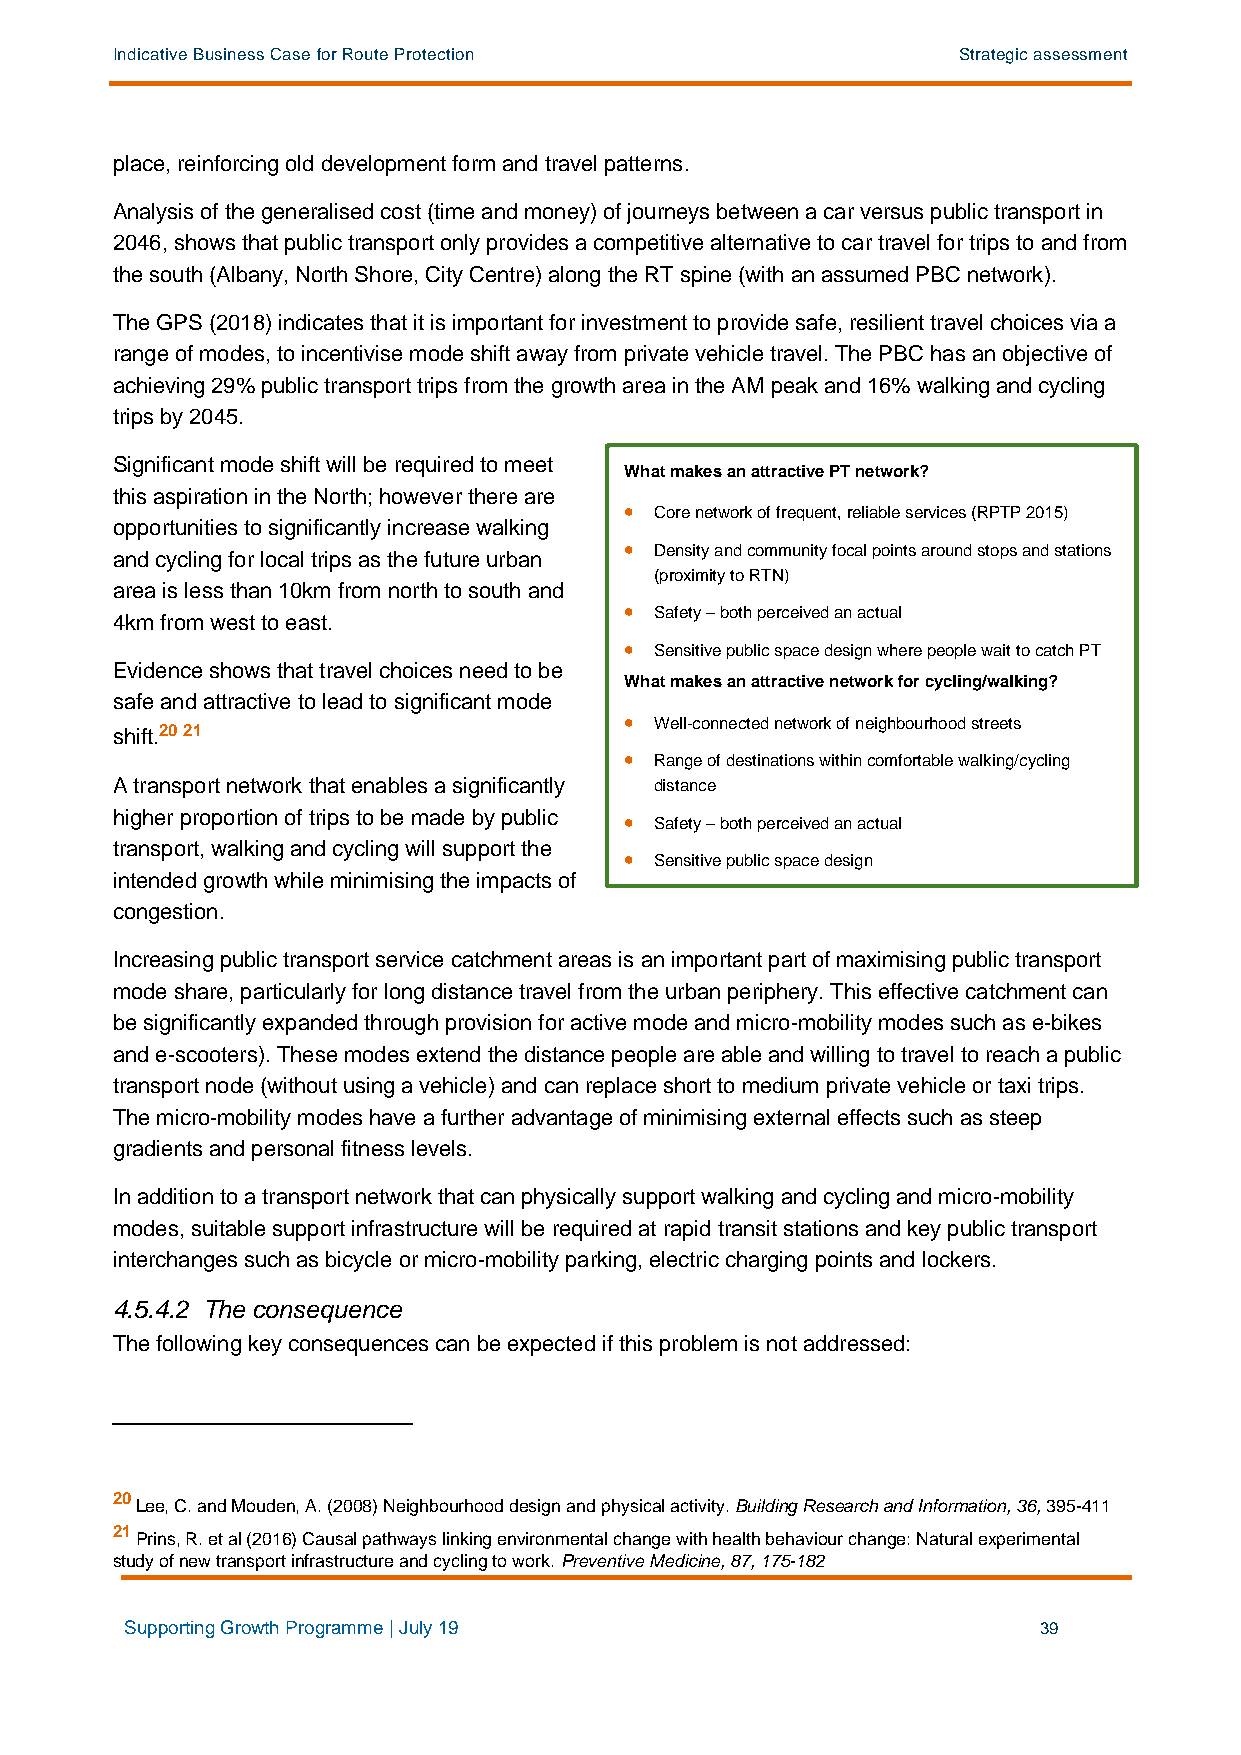
Indicative Business Case for Route Protection           Strategic assessment
 place, reinforcing old development form and travel patterns.
 Analysis of the generalised cost (time and money) of journeys between a car versus public transport in
 2046, shows that public transport only provides a competitive alternative to car travel for trips to and from
 the south (Albany, North Shore, City Centre) along the RT spine (with an assumed PBC network).
 The GPS (2018) indicates that it is important for investment to provide safe, resilient travel choices via a
 range of modes, to incentivise mode shift away from private vehicle travel. The PBC has an objective of
 achieving 29% public transport trips from the growth area in the AM peak and 16% walking and cycling
 trips by 2045.
 Significant mode shift will be required to meet
 What makes an attractive PT network?
 this aspiration in the North; however there are
 • Core network of frequent, reliable services (RPTP 2015)
 opportunities to significantly increase walking
 • Density and community focal points around stops and stations
 and cycling for local trips as the future urban
 (proximity to RTN)
 area is less than 10km from north to south and
 • Safety – both perceived an actual
 4km from west to east.
 • Sensitive public space design where people wait to catch PT
 Evidence shows that travel choices need to be
 What makes an attractive network for cycling/walking?
 safe and attractive to lead to significant mode
 • Well-connected network of neighbourhood streets
 shift.20 21
 • Range of destinations within comfortable walking/cycling
 A transport network that enables a significantly distance
 higher proportion of trips to be made by public • Safety – both perceived an actual
 transport, walking and cycling will support the
 • Sensitive public space design
 intended growth while minimising the impacts of
 congestion.
 Increasing public transport service catchment areas is an important part of maximising public transport
 mode share, particularly for long distance travel from the urban periphery. This effective catchment can
 be significantly expanded through provision for active mode and micro-mobility modes such as e-bikes
 and e-scooters). These modes extend the distance people are able and willing to travel to reach a public
 transport node (without using a vehicle) and can replace short to medium private vehicle or taxi trips.
 The micro-mobility modes have a further advantage of minimising external effects such as steep
 gradients and personal fitness levels.
 In addition to a transport network that can physically support walking and cycling and micro-mobility
 modes, suitable support infrastructure will be required at rapid transit stations and key public transport
 interchanges such as bicycle or micro-mobility parking, electric charging points and lockers.
 4.5.4.2 The consequence
 The following key consequences can be expected if this problem is not addressed:
 20
 Lee, C. and Mouden, A. (2008) Neighbourhood design and physical activity. Building Research and Information, 36, 395-411
 21
 Prins, R. et al (2016) Causal pathways linking environmental change with health behaviour change: Natural experimental
 study of new transport infrastructure and cycling to work. Preventive Medicine, 87, 175-182
 Supporting Growth Programme | July 19                        39